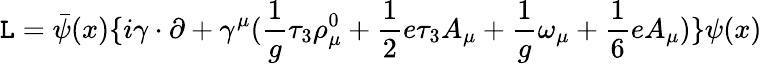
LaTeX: {\cal\mathtt{L}}=\bar{{\psi}}(x)\{ i\gamma\cdot\partial+\gamma^{\mu}({\frac{{1}}{{g}}}\tau_{3}\rho_{\mu}^{0}+{\frac{{1}}{{2}}}e\tau_{3}A_{\mu}+{\frac{{1}}{{g}}}\omega_{\mu}+{\frac{{1}}{{6}}}eA_{\mu})\} \psi(x)